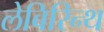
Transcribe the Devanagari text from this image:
लेबिरिन्थ